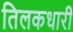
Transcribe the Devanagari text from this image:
तिलकधारी